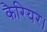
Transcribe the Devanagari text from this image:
कैरियर।